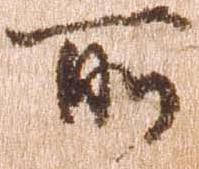
所